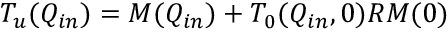
T _ { u } ( Q _ { i n } ) = M ( Q _ { i n } ) + T _ { 0 } ( Q _ { i n } , 0 ) R M ( 0 )